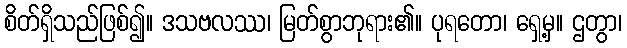
စိတ်ရှိသည်ဖြစ်၍။ ဒသဗလဿ၊ မြတ်စွာဘုရား၏။ ပုရတော၊ ရှေ့မှ။ ဌတွာ၊